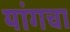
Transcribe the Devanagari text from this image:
यांगचा